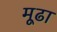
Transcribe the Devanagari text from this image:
मूढा